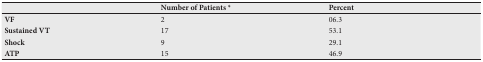
<table><thead><tr><td></td><td><b>Number of Patients <sup>*</sup></b></td><td><b>Percent</b></td></tr></thead><tbody><tr><td><b>VF</b></td><td>2</td><td>06.3</td></tr><tr><td><b>Sustained VT</b></td><td>17</td><td>53.1</td></tr><tr><td><b>Shock</b></td><td>9</td><td>29.1</td></tr><tr><td><b>ATP</b></td><td>15</td><td>46.9</td></tr></tbody></table>